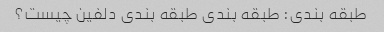
طبقه بندی: طبقه بندی طبقه بندی دلفین چیست؟